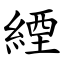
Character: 緸